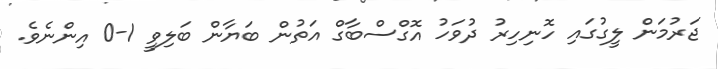
ޖަރުމަން ލީގުގައި ހޮނިހިރު ދުވަހު އޮގްސްބާގް އަތުން ބަޔާން ބަލިވީ 1-0 އިންނެވެ.